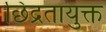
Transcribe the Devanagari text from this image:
छिद्रतायुक्त